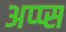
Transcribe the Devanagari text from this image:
अप्प्स